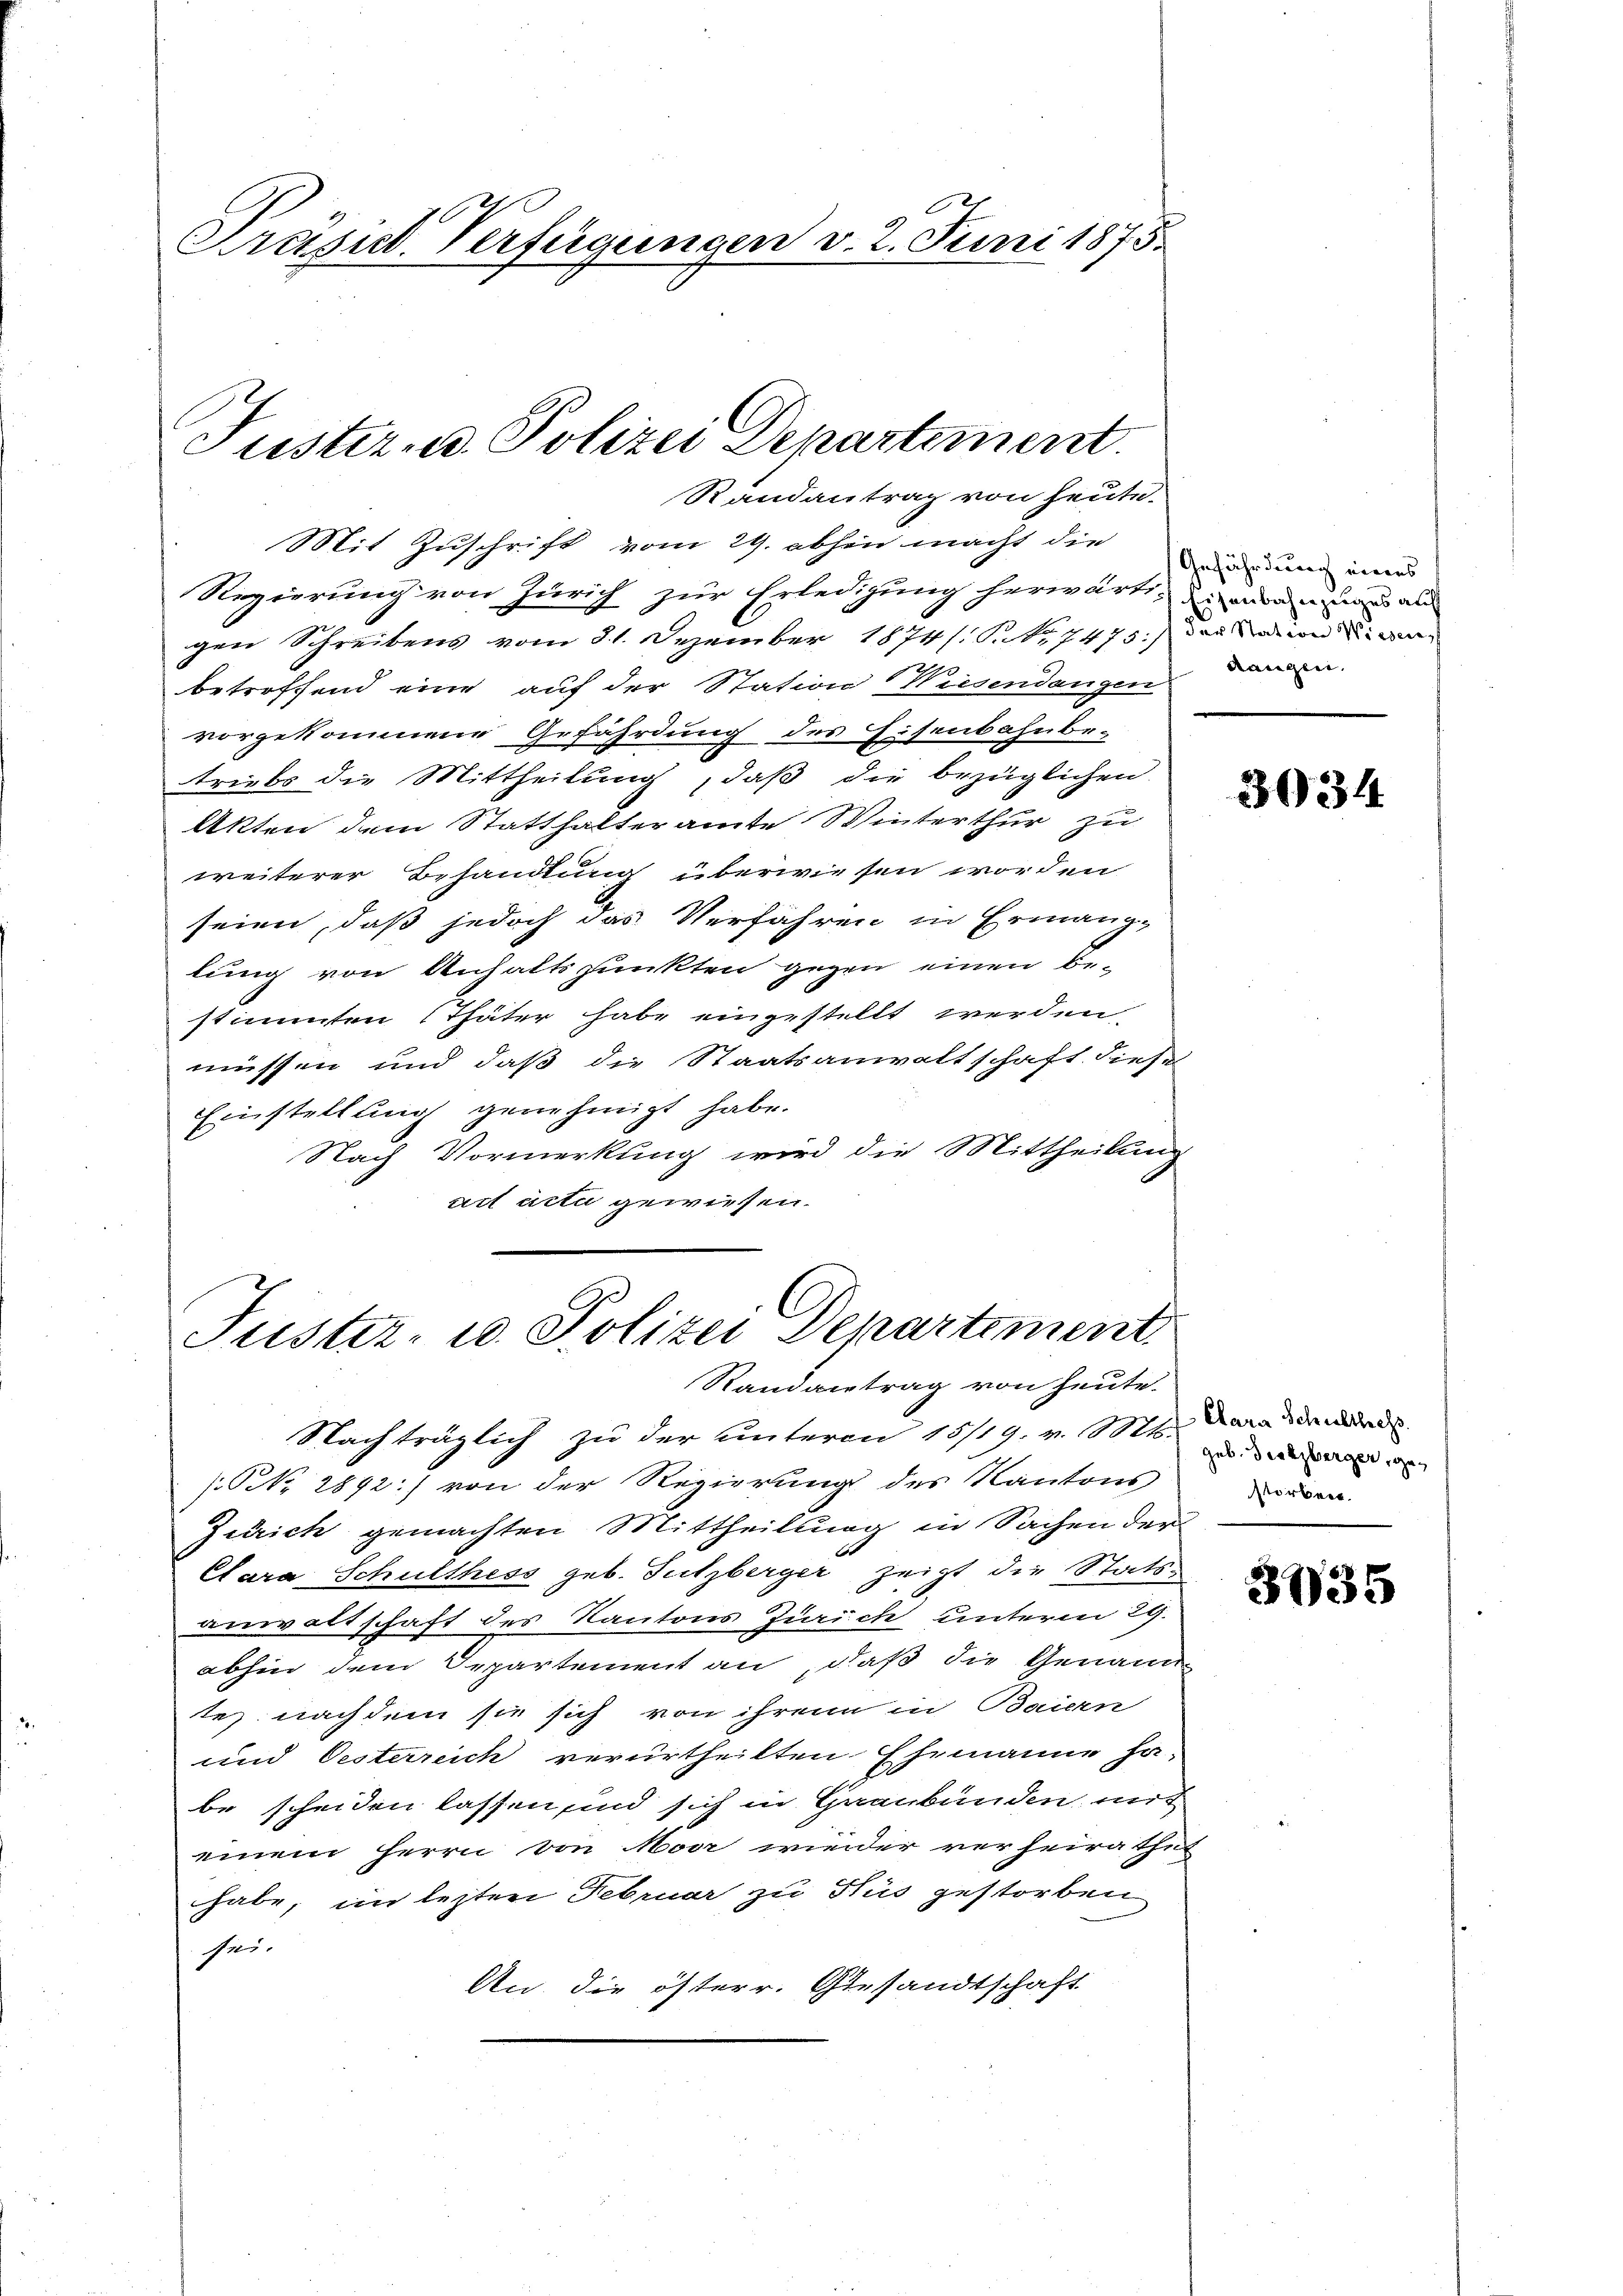
Prasie-Verfügungen v. 2. Juni 1875.

Tuster d. Polizei Departement
Randantrag von heute.

Mit Zuschrift vom 29. abhin macht die
Regierung von Zürich zur Erledigung herwart, in anden und an
gen Schreibens vom 31. Dezember 1874. Satz. 1475. in we
2
betroffend eine auf der Station Wiesendangen daran.
vorgekommene Gefährdung des Eisenbahnbe-
triebs die Mittheilung, daß die bezüglichen
Akten dem Statthalteramte Winterthur zu
weiterer Behandlung überwiesen worden
seien, daß jedoch das Verfahren in Ermang-
lung von Anhaltspunkten gegen einen Be-
stimmten Thäter habe eingestellt werden,
müssen und daß die Staatsanwaltschaft diese
Einstellung genehmigt habe.
Nach Vormerkung wird die Mittheilung
act acta gewiesen.

Nachträglich zu der unteren 15/19. v. M. darau
(NNo. 2892) von der Regierung des Kantons
Zürich gemachten Mittheilung in Sachen der
Clara Schulthess geb. Tutzberger zeigt die Statsanwaltschaft des Kantons Zürich unterm 29.
abhin dem Departement an, daß die Genann-
te nachdem sie sich von ihren in Baiern
und Oesterreich verurtheilten Ehemanne habe scheiden lassen, sind sich in Graubünden mit
einem Herrn von Moor wieder verheirathet
habe, im lezten Februar zu Stus gestorben
Gei-
An die österr. Gesandtschaft

Justiz- u. Polizei Departement
Randantrag von heute.

Gefährdung eines

3034

geb. Dietzberger, gestorben.

3035